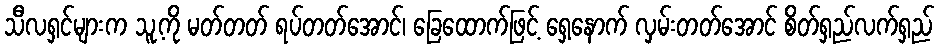
သီလရှင်များက သူ့ကို မတ်တတ် ရပ်တတ်အောင်၊ ခြေထောက်ဖြင့် ရှေ့နောက် လှမ်းတတ်အောင် စိတ်ရှည်လက်ရှည်